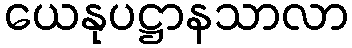
ယေနုပဋ္ဌာနသာလာ